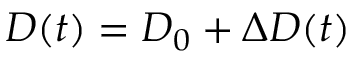
{ D ( t ) = D _ { 0 } + \Delta D ( t ) }